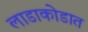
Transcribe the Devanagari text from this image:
लाडाकोडात